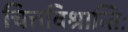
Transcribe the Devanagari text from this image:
चित्तविश्रान्तिः